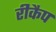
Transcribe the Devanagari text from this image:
रीकैप